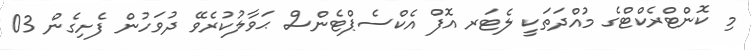
މި ކޮންޓްރެކްޓްގެ މުއްދަތަކީ ލެޓަރ އޮފް އެކްސެޕްޓެންސް ޙަވާލުކުރެވޭ ދުވަހުން ފެށިގެން 03